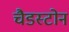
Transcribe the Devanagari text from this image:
चैडस्टोन